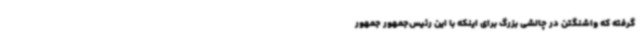
گرفته که واشنگتن در چالشی بزرگ برای اینکه با این رئیس‌جمهور جمهور